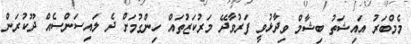
މެމްބަރު އައިޝަތު ބިޝާމް ވިދާޅުވީ ފަރުވާދޭ މަރުކަޒުތައް ހިންގުމަށް ދެ ލައިސަންސެއް ދޫކުރަން